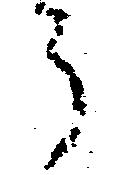
う